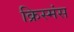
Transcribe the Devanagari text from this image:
क्रिस्मंस